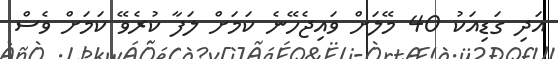
އަދި ގަޑިއަކު 40 މޭލަށް ވައިޖެހޭނެ ކަމަށް ލަފާ ކުރެވޭ ކަމަށް ވެސް